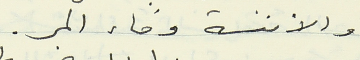
والأنسة وفاء المر.